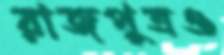
রাজপুত্রও